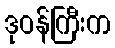
ဒုဝန်ကြီးက